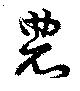
農